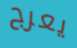
يعرج